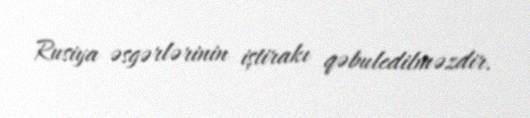
Rusiya əsgərlərinin iştirakı qəbuledilməzdir.